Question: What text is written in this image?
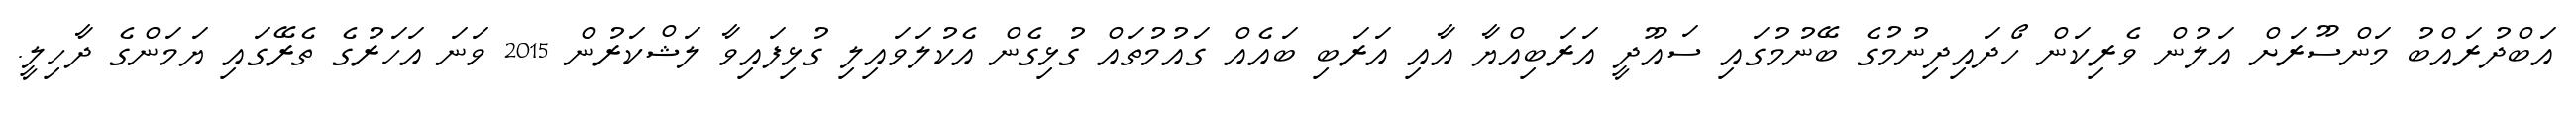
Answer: އަބްދުރައްބު މަންސޫރަށް އަލުން ވެރިކަން ހޯދައިދިނުމުގެ ބޭނުމުގައި ސައޫދީ އަރަބިއްޔާ އާއި އަރަބި ބައެއް ގައުމުތައް ގުޅިގެން އެކުލަވައިލި ގުޅިފައިވާ ލަޝްކަރުން 2015 ވަނަ އަހަރުގެ ތެރޭގައި ޔަމަންގެ ދާހިލީ.